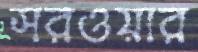
সরওয়ার